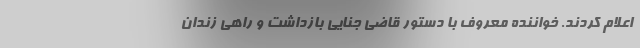
اعلام کردند. خواننده معروف با دستور قاضی جنایی بازداشت و راهی زندان